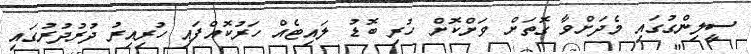
ސީލިންގުގައި މެދަށްވާ ގޮތަށް ވަށްކޮށް ހުރި ބޮޑު ލައިޓެއް ހަރުކޮއްފައި ހުރިއިރު ދުރުދުރުގައި